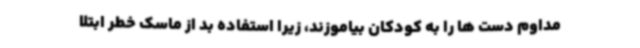
مداوم دست ها را به کودکان بیاموزند، زیرا استفاده بد از ماسک خطر ابتلا